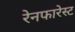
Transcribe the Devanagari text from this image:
रेनफारेस्ट